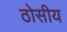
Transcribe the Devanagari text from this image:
ठोसीय